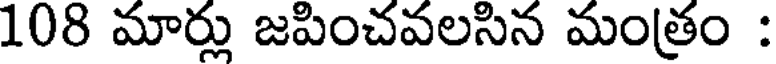
108 మార్లు జపించవలసిన మంత్రం :